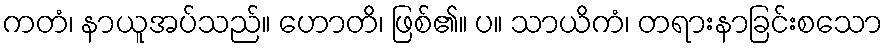
ကတံ၊ နာယူအပ်သည်။ ဟောတိ၊ ဖြစ်၏။ ပ။ သာယိကံ၊ တရားနာခြင်းစသော